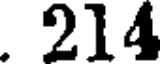
. 214